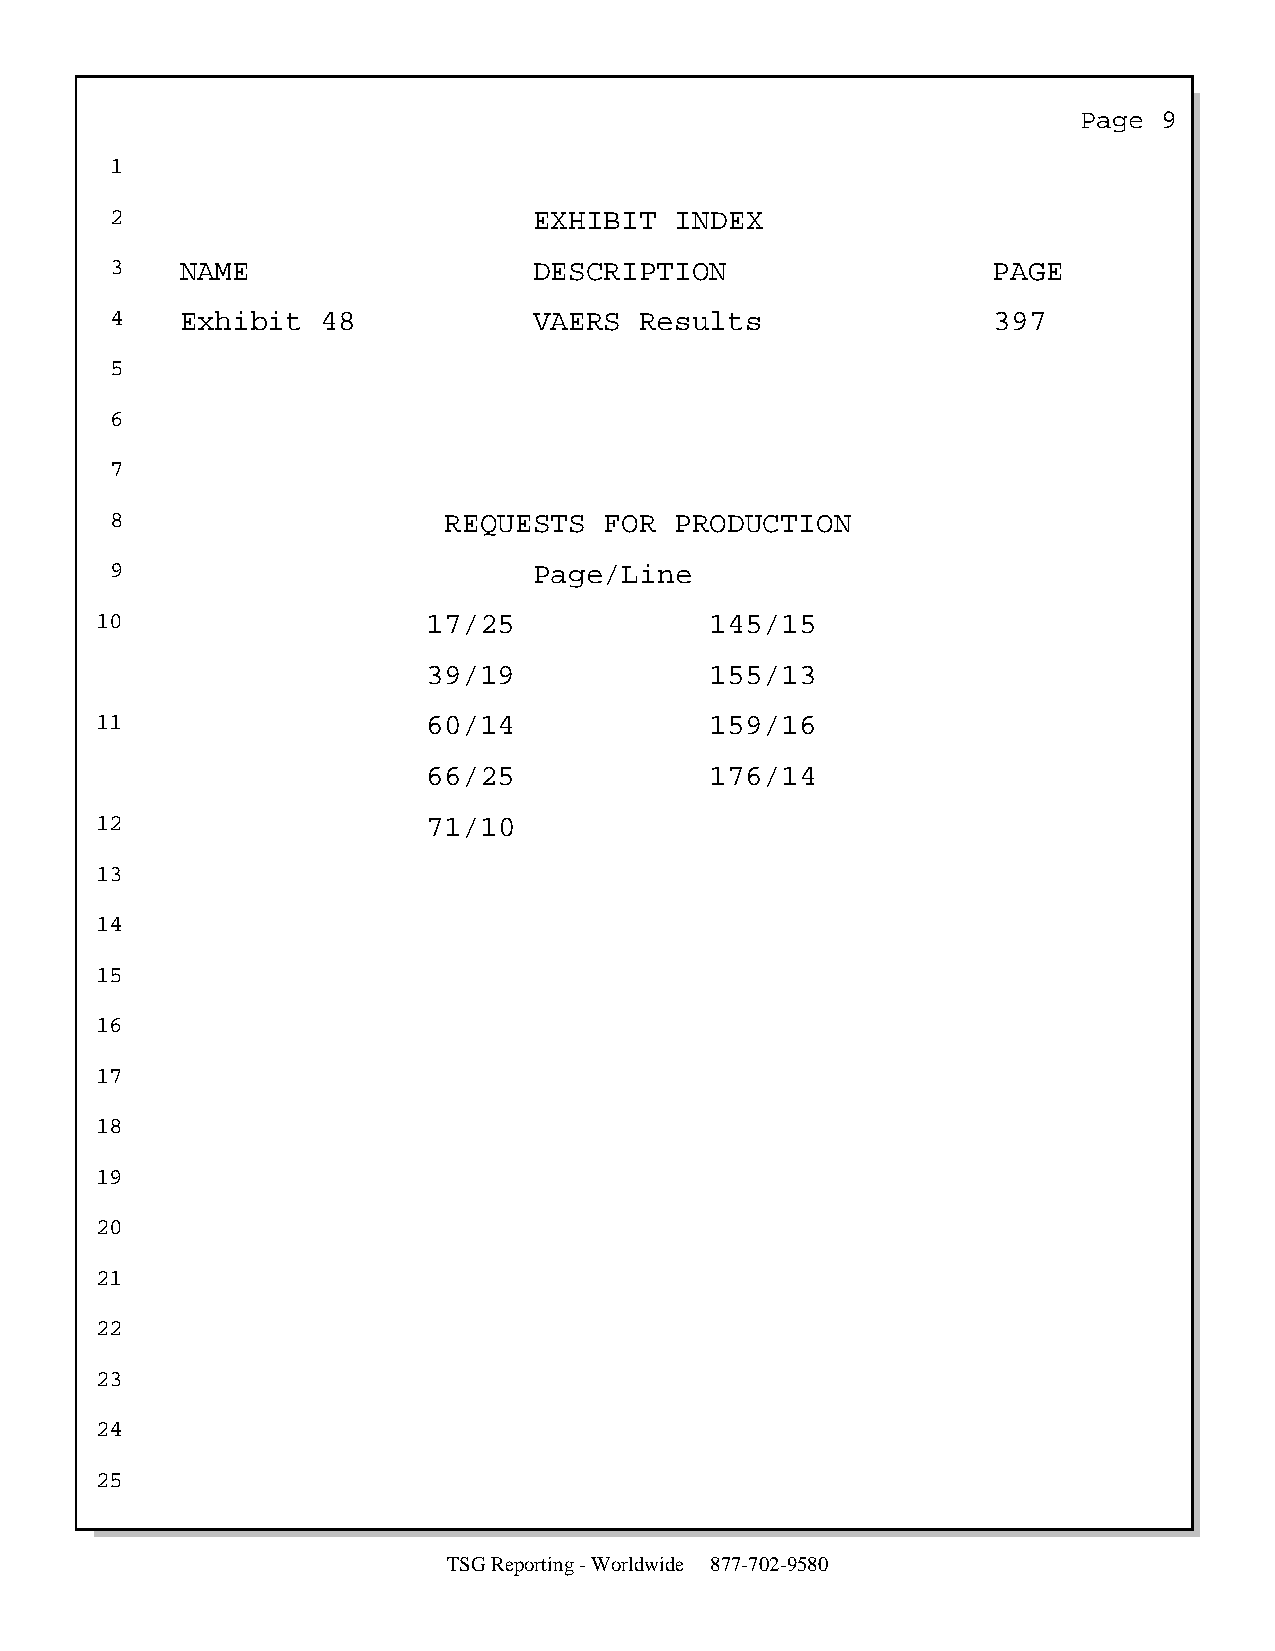
Page  9
 1
 2                           EXHIBIT   INDEX
 3    NAME                   DESCRIPTION                    PAGE
 4    Exhibit  48            VAERS  Results                 397
 5
 6
 7
 8                     REQUESTS   FOR  PRODUCTION
 9                           Page/Line
 10                    17/25              145/15
 39/19              155/13
 11                    60/14              159/16
 66/25              176/14
 12                    71/10
 13
 14
 15
 16
 17
 18
 19
 20
 21
 22
 23
 24
 25
 TSG Reporting - Worldwide 877-702-9580